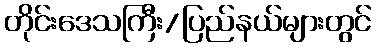
တိုင်းဒေသကြီး/ပြည်နယ်များတွင်